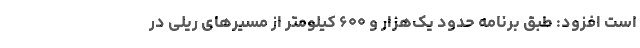
است افزود: طبق برنامه حدود یک‌هزار و ۶۰۰ کیلومتر از مسیرهای ریلی در